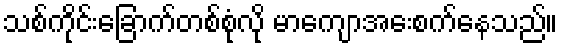
သစ်ကိုင်းခြောက်တစ်စုံလို မာကျောအေးစက်နေသည်။